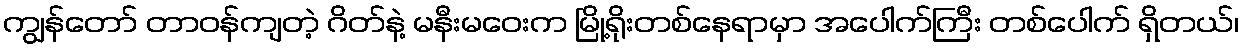
ကျွန်တော် တာဝန်ကျတဲ့ ဂိတ်နဲ့ မနီးမဝေးက မြို့ရိုးတစ်နေရာမှာ အပေါက်ကြီး တစ်ပေါက် ရှိတယ်၊